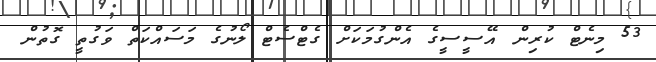
53 މިނެޓް ކުރިން އޭސީސީގެ އެންގުމަކަށް ގެޓްސެޓް ލޯނުގެ މަސައްކަތް ވަގުތީ ގޮތުން